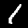
Label: 1